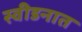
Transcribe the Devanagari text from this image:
स्वीडनात